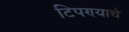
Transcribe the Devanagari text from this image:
टिपण्याचे